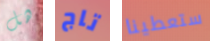
هل تاج ستعطينا